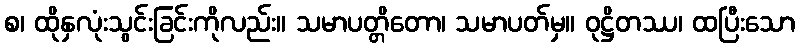
စ၊ ထိုနှလုံးသွင်းခြင်းကိုလည်း။ သမာပတ္တိတော၊ သမာပတ်မှ။ ဝုဋ္ဌိတဿ၊ ထပြီးသော